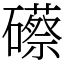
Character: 礤